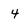
Character: 4